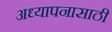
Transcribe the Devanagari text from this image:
अध्यापनासाठी